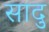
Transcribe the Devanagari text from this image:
सादु